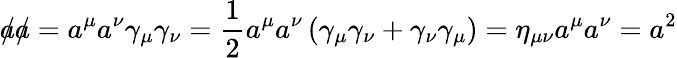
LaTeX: {a\! \! \! /}{a\! \! \! /}=a^{\mu}a^{\nu}\gamma_{\mu}\gamma_{\nu}={\frac{1}{2}}a^{\mu}a^{\nu}\left(\gamma_{\mu}\gamma_{\nu}+\gamma_{\nu}\gamma_{\mu}\right)=\eta_{\mu\nu}a^{\mu}a^{\nu}=a^{2}